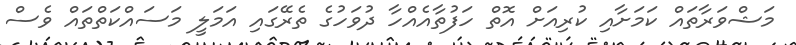
މަޝްވަރާތައް ކަމަށާއި ކުރިއަށް އޮތް ހަފުތާއެއްހާ ދުވަހުގެ ތެރޭގައި އަމަލީ މަސައްކަތްތައް ވެސް